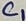
Text: C1